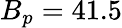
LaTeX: B_{p}=41.5